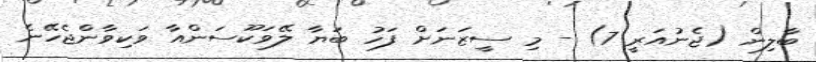
ބާލިން (ޖެނުއަރީ 7) - މި ސީޒަނަށް ފަހު ބަޔާ ލޭވަކޫސަންއާ ވަކިވާންޖެހޭނެ